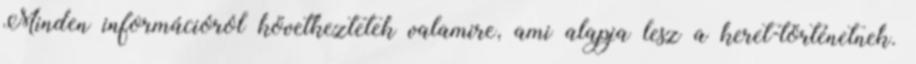
Minden információról következtetek valamire, ami alapja lesz a keret-történetnek.